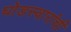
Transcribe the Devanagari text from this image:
घोडस्वारांची